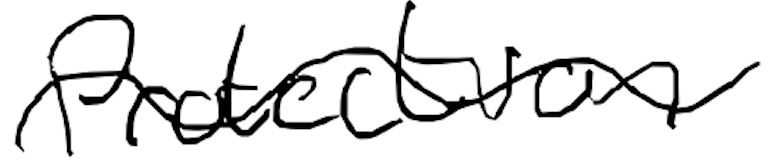
Text: protection
Cross-out: wave
Writing tool: digital_black